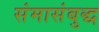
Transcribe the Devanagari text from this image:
संमासंबुद्ध